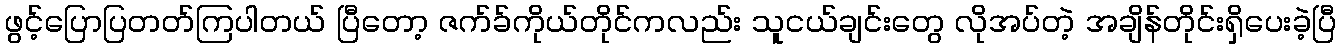
ဖွင့်ပြောပြတတ်ကြပါတယ် ပြီတော့ ဇက်ခ်ကိုယ်တိုင်ကလည်း သူငယ်ချင်းတွေ လိုအပ်တဲ့ အချိန်တိုင်းရှိပေးခဲ့ပြီ